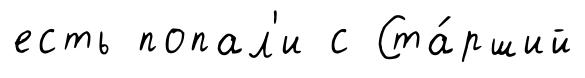
есть попал'и с Ста́рший